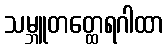
သမ္ဘူတတ္ထေရဂါထာ